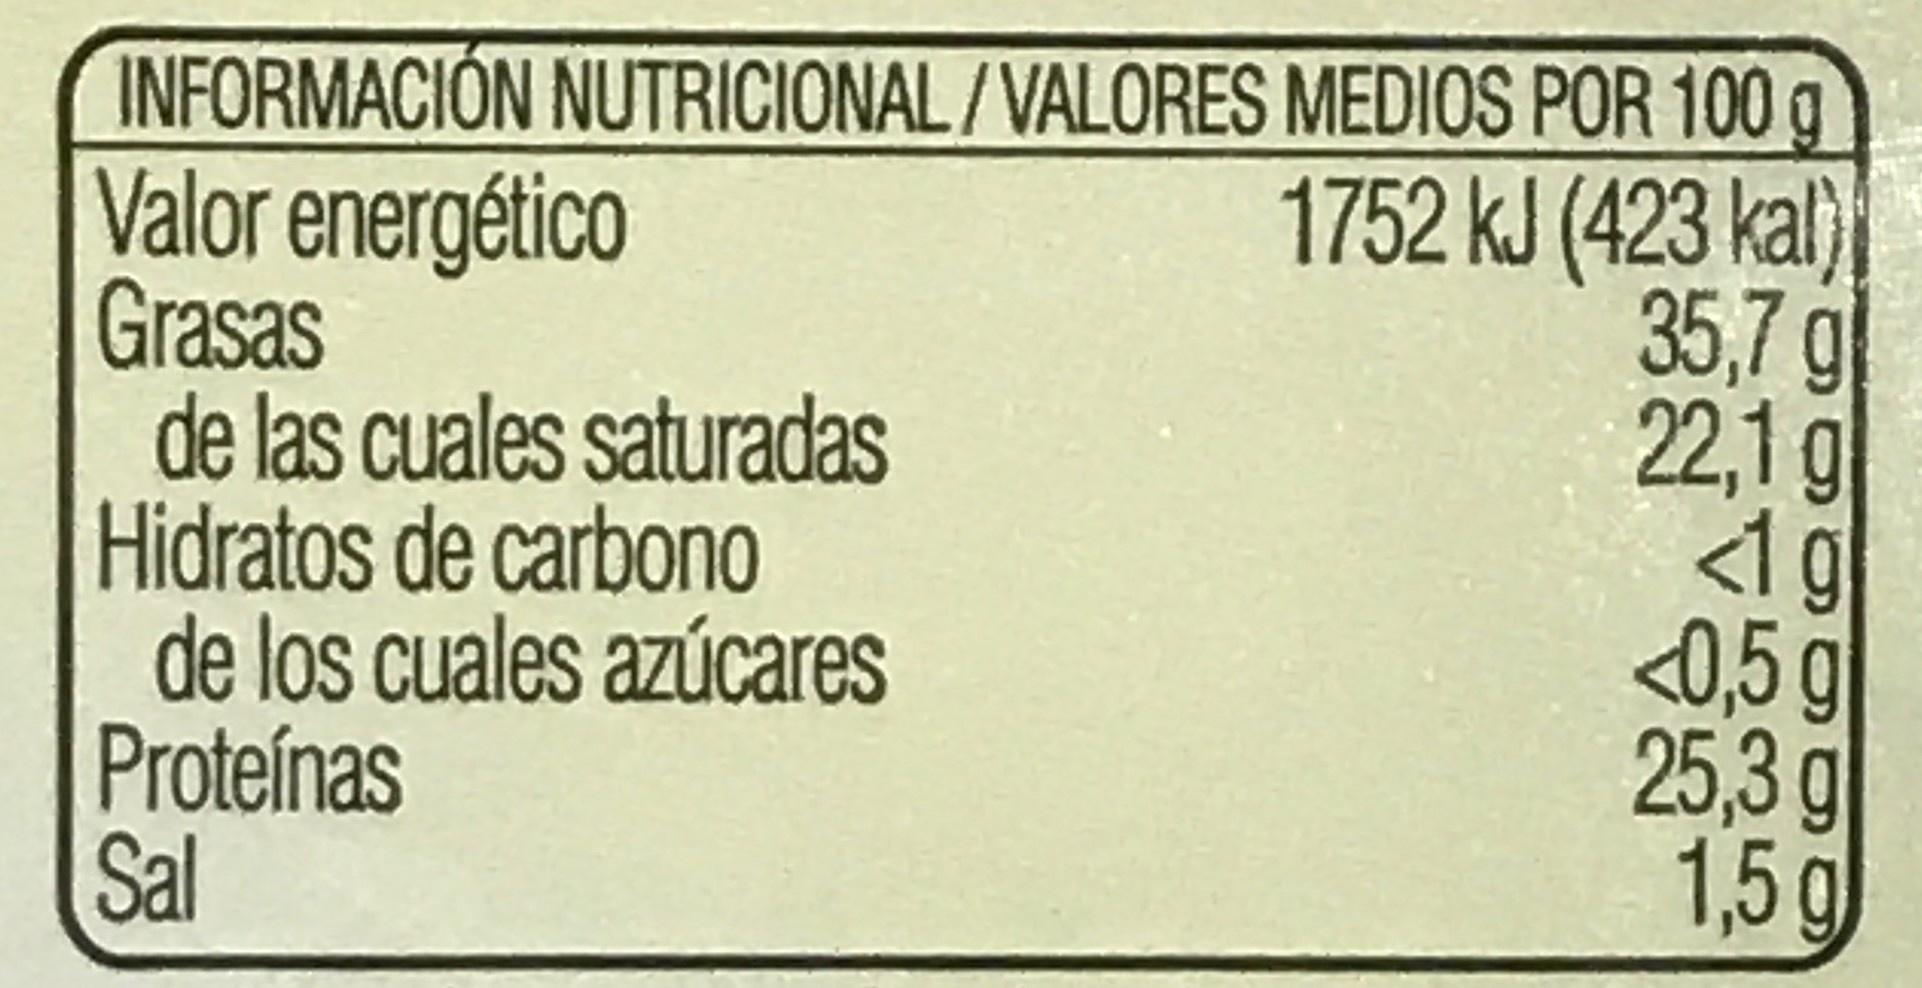
INFORMACIÓN NUTRICIONAL/VALORES MEDIOS POR 100 g Valor energético Grasas de las cuales saturadas Hidratos de carbono de los cuales azúcares Proteínas Sal 1752 kJ (423 kal) 35,7 g 22,1 g 1g <0,5 g 25,3 g 1,5 g